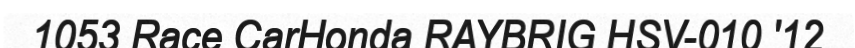
1053 Race CarHonda RAYBRIG HSV-010 '12